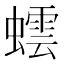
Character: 𮔻